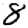
Digit: 8